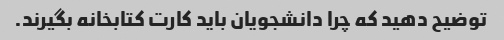
توضیح دهید که چرا دانشجویان باید کارت کتابخانه بگیرند.